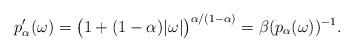
LaTeX: \begin{align*} p_\alpha'(\omega)=\big(1+(1-\alpha)|\omega|\big)^{\alpha/(1-\alpha)}=\beta(p_\alpha(\omega))^{-1}.\end{align*}